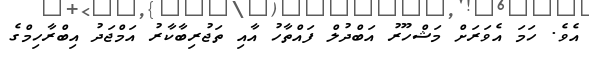
އެވެ. ހަމަ އެވަރަށް މަޝްހޫރު އަބްދުލް ފައްތާހު އާއި ތަޖުރިބާކާރު އަމްޖަދު އިބްރާހިމްގެ